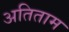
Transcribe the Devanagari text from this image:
अतिताम